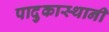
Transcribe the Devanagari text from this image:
पादुकास्थानी